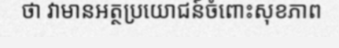
ថា វាមានអត្ថប្រយោជន៍ចំពោះសុខភាព